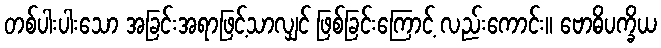
တစ်ပါးပါးသော အခြင်းအရာဖြင့်သာလျှင် ဖြစ်ခြင်းကြောင့် လည်းကောင်း။ ဗောဓိပက္ခိယ